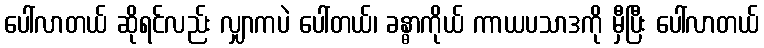
ပေါ်လာတယ် ဆိုရင်လည်း လျှာကပဲ ပေါ်တယ်၊ ခန္ဓာကိုယ် ကာယပသာဒကို မှီပြီး ပေါ်လာတယ်